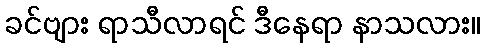
ခင်ဗျား ရာသီလာရင် ဒီနေရာ နာသလား။